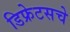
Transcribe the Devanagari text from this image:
डिफ्रेटसचे